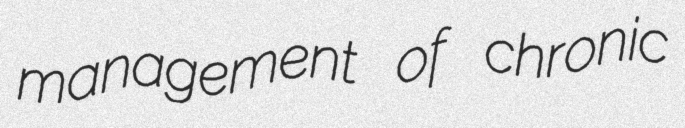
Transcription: management of chronic